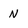
Character: N